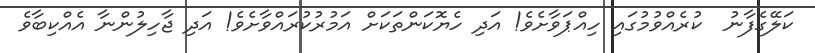
ކަލޭގެފާނު  ކުރެއްވުމުގައި ހިއްޕަވާށެވެ! އަދި ހެޔޮކަންތަކަށް އަމުރުކުރައްވާށެވެ! އަދި ޖާހިލުންނާ އެއްކިބާވެ